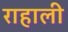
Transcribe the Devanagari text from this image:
राहाली